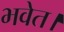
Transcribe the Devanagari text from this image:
भवेत।